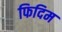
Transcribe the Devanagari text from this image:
फिदिम